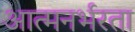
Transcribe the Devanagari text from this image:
आत्मनर्भरता